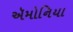
ઍમોનિયા